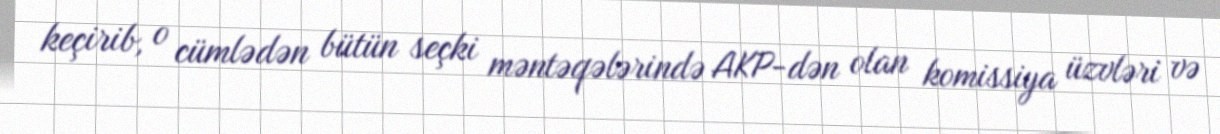
keçirib, o cümlədən bütün seçki məntəqələrində AKP-dən olan komissiya üzvləri və